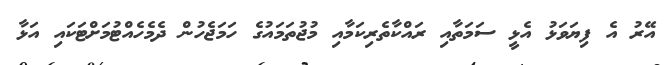
އޭރު އެ ފިޔަވަޅު އެޅީ ސަމަތާއި ރައްކާތެރިކަމާއި މުޖުތަމައުގެ ހަމަޖެހުން ދެމެހެއްޓުމަށްޓަކައި އަޅާ